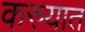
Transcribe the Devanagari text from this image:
करुयात